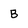
Character: B